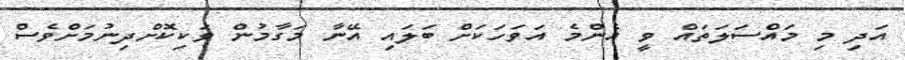
އަދި މި މައްސަލަތައް ވީ އެންމެ އަވަހަކަށް ބަލައި އޭނާ މަގާމުން ވަކިކޮށްދިނުމަށްވެސް